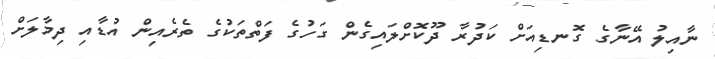
ނާއިލު އޭނާގެ ގޮނޑިއަށް ކަދުރާ ދޫކޮށްލައިގެން ގަހުގެ ފަތްތަކުގެ ތެރެއިން އުޑާއި ދިމާލަށް